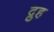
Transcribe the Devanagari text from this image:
द्रुह